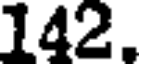
142.